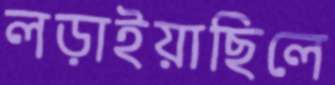
লড়াইয়াছিলে